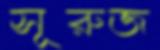
সূরুজ